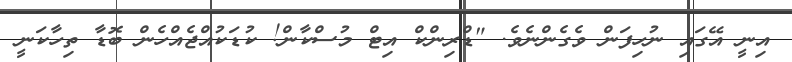
އިނީ އޭގައި ނުހިފަން ވެގެންނެވެ. "ޑްރިންކް އިޓް މުސްކާން! ކުޑަކުއްޖެއްހެން ބޮޑާ ތިހާކަނީ